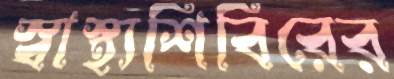
স্বাস্থ্যশিবিরের